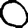
Digit: 0